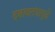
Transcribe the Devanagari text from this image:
दबावतंत्रापुढे